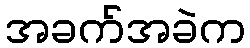
အခက်အခဲက